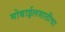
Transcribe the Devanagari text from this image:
मोबाईलसाठीचा